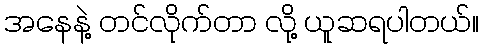
အနေနဲ့ တင်လိုက်တာ လို့ ယူဆရပါတယ်။